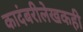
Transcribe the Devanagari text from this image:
कादंबरीलेखकही